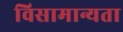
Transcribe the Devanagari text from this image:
विसामान्यता